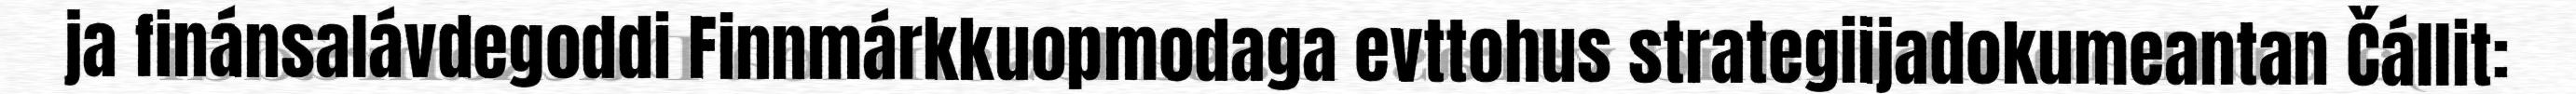
ja finánsalávdegoddi Finnmárkkuopmodaga evttohus strategiijadokumeantan Čállit: